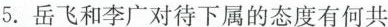
5.岳飞和李广对待下属的态度有何共